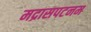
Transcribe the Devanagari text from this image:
मद्रासपटनम